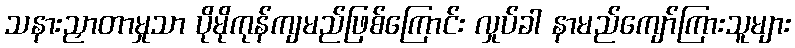
သနားညှာတာမှုသာ ပိုမိုကုန်ကျမည်ဖြစ်ကြောင်း လှုပ်ခါ နာမည်ကျော်ကြားသူများ